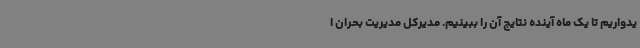
یدواریم تا یک ماه آینده نتایج آن را ببینیم. مدیرکل مدیریت بحران ا